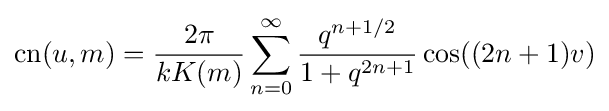
\operatorname {cn} (u,m)={\frac {2\pi }{kK(m)}}\sum _{n=0}^{\infty }{\frac {q^{n+1/2}}{1+q^{2n+1}}}\cos((2n+1)v)